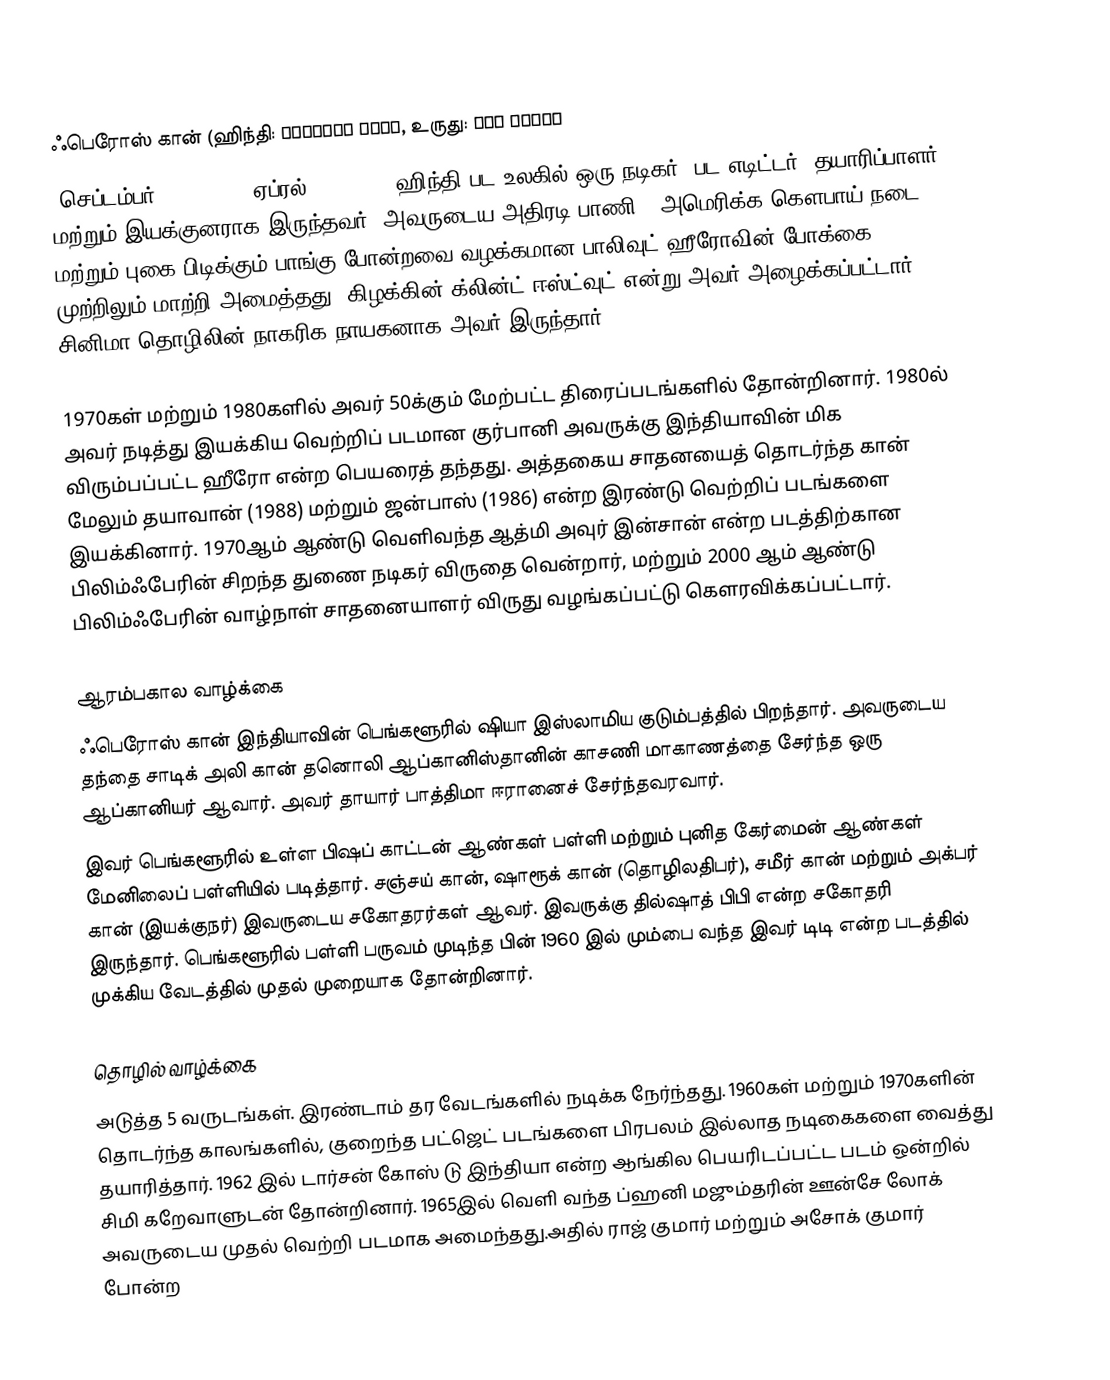
ஃபெரோஸ் கான் (ஹிந்தி: फ़िरोज़ ख़ान, உருது: فېروز خان
(செப்டம்பர் 25 , 1939- ஏப்ரல் 27, 2009) ஹிந்தி பட உலகில் ஒரு நடிகர், பட எடிட்டர், தயாரிப்பாளர் மற்றும் இயக்குனராக இருந்தவர். அவருடைய அதிரடி பாணி , அமெரிக்க கௌபாய் நடை மற்றும் புகை பிடிக்கும் பாங்கு போன்றவை வழக்கமான பாலிவுட் ஹீரோவின் போக்கை முற்றிலும் மாற்றி அமைத்தது. கிழக்கின் க்லின்ட் ஈஸ்ட்வுட் என்று அவர் அழைக்கப்பட்டார். சினிமா தொழிலின் நாகரிக நாயகனாக அவர் இருந்தார்.[4][5][6]

1970கள் மற்றும் 1980களில் அவர் 50க்கும் மேற்பட்ட திரைப்படங்களில் தோன்றினார். 1980ல் அவர் நடித்து இயக்கிய வெற்றிப் படமான குர்பானி அவருக்கு இந்தியாவின் மிக விரும்பப்பட்ட ஹீரோ என்ற பெயரைத் தந்தது. அத்தகைய சாதனயைத் தொடர்ந்த கான் மேலும் தயாவான் (1988) மற்றும் ஜன்பாஸ் (1986) என்ற இரண்டு வெற்றிப் படங்களை இயக்கினார். 1970ஆம் ஆண்டு வெளிவந்த ஆத்மி அவுர் இன்சான் என்ற படத்திற்கான பிலிம்ஃபேரின் சிறந்த துணை நடிகர் விருதை வென்றார், மற்றும் 2000 ஆம் ஆண்டு பிலிம்ஃபேரின் வாழ்நாள் சாதனையாளர் விருது வழங்கப்பட்டு கௌரவிக்கப்பட்டார்.

ஆரம்பகால வாழ்க்கை
ஃபெரோஸ் கான் இந்தியாவின் பெங்களூரில் ஷியா இஸ்லாமிய குடும்பத்தில் பிறந்தார். அவருடைய தந்தை சாடிக் அலி கான் தனொலி ஆப்கானிஸ்தானின் காசணி மாகாணத்தை சேர்ந்த ஒரு ஆப்கானியர் ஆவார். அவர் தாயார் பாத்திமா ஈரானைச் சேர்ந்தவரவார்.
இவர் பெங்களூரில் உள்ள பிஷப் காட்டன் ஆண்கள் பள்ளி மற்றும் புனித கேர்மைன் ஆண்கள் மேனிலைப் பள்ளியில் படித்தார். சஞ்சய் கான், ஷாரூக் கான் (தொழிலதிபர்), சமீர் கான் மற்றும் அக்பர் கான் (இயக்குநர்) இவருடைய சகோதரர்கள் ஆவர். இவருக்கு தில்ஷாத் பிபி என்ற சகோதரி இருந்தார். பெங்களூரில் பள்ளி பருவம் முடிந்த பின் 1960 இல் மும்பை வந்த இவர் டிடி என்ற படத்தில் முக்கிய வேடத்தில் முதல் முறையாக தோன்றினார்.

தொழில் வாழ்க்கை
அடுத்த 5 வருடங்கள். இரண்டாம் தர வேடங்களில் நடிக்க நேர்ந்தது. 1960கள் மற்றும் 1970களின் தொடர்ந்த காலங்களில், குறைந்த பட்ஜெட் படங்களை பிரபலம் இல்லாத நடிகைகளை வைத்து தயாரித்தார். 1962 இல் டார்சன் கோஸ் டு இந்தியா என்ற ஆங்கில பெயரிடப்பட்ட படம் ஒன்றில் சிமி கறேவாளுடன் தோன்றினார். 1965இல் வெளி வந்த ப்ஹனி மஜும்தரின் ஊன்சே லோக் அவருடைய முதல் வெற்றி படமாக அமைந்தது.அதில்  ராஜ் குமார் மற்றும் அசோக் குமார் போன்ற